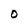
Character: o